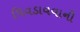
પિવડાવવાની